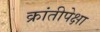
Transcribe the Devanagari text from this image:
क्रांतीपेक्षा